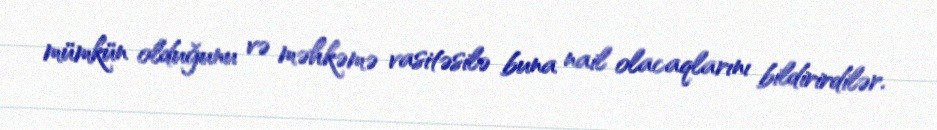
mümkün olduğunu və məhkəmə vasitəsilə buna nail olacaqlarını bildirirdilər.